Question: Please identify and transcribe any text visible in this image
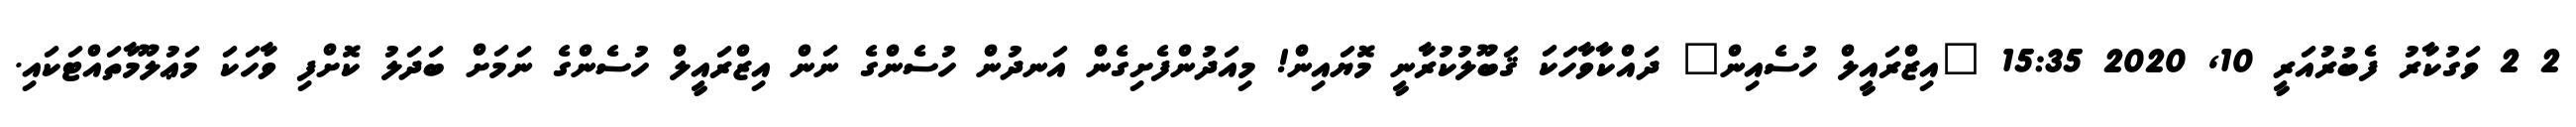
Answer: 2 2 ވަގުކާރު ފެބުރުއަރީ 10, 2020 15:35 "އިޒްރައީލް ހުސެއިން" ދައްކާވާހަކަ ޤަބޫލުކުރާނީ މޮޔައިން! މިއަދުންފެށިގެން އަނދުން ހުސެންގެ ނަން އިޒްރައީލް ހުސެންގެ ނަމަށް ބަދަލު ކޮށްފި ވާހަކަ މަޢުލޫމާތައްޓަކައި.